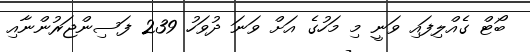
ބޯޓް ގެއްލިފައި ވަނީ މި މަހުގެ އަށް ވަނަ ދުވަހު 239 ފަސިންޖަރުންނާއި